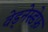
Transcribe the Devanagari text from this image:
वेड्नेस्डेफ़